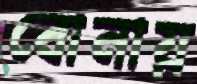
বোনায়